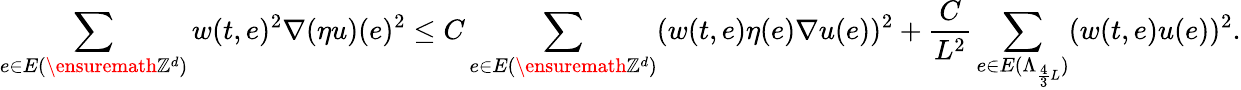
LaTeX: \sum_{e\in E\left(\ensuremath{\mathbb{Z}^{d}}\right)}w(t,e)^{2}\nabla(\eta u)(e)^{2}\leq C\sum_{e\in E\left(\ensuremath{\mathbb{Z}^{d}}\right)}(w(t,e)\eta(e)\nabla u(e))^{2}+\frac{C}{L^{2}}\sum_{e\in E(\Lambda_{\frac{4}{3}L})}(w(t,e)u(e))^{2}.